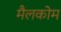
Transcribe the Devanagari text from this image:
मैलकोम